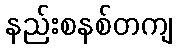
နည်းစနစ်တကျ